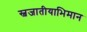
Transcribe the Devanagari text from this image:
स्वजातीयाभिमान